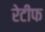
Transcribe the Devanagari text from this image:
रेटीफ